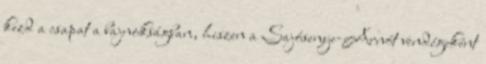
kezd a csapat a bajnokságban, hiszen a Sajósenye-Arnót vendégeként